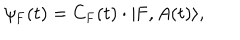
LaTeX: \psi _ { \mathrm { F } } ( t ) = \mathrm { C } _ { \mathrm { F } } ( t ) \cdot | \mathrm { F } , A ( t ) \rangle ,